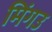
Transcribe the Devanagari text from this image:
मिंगउ